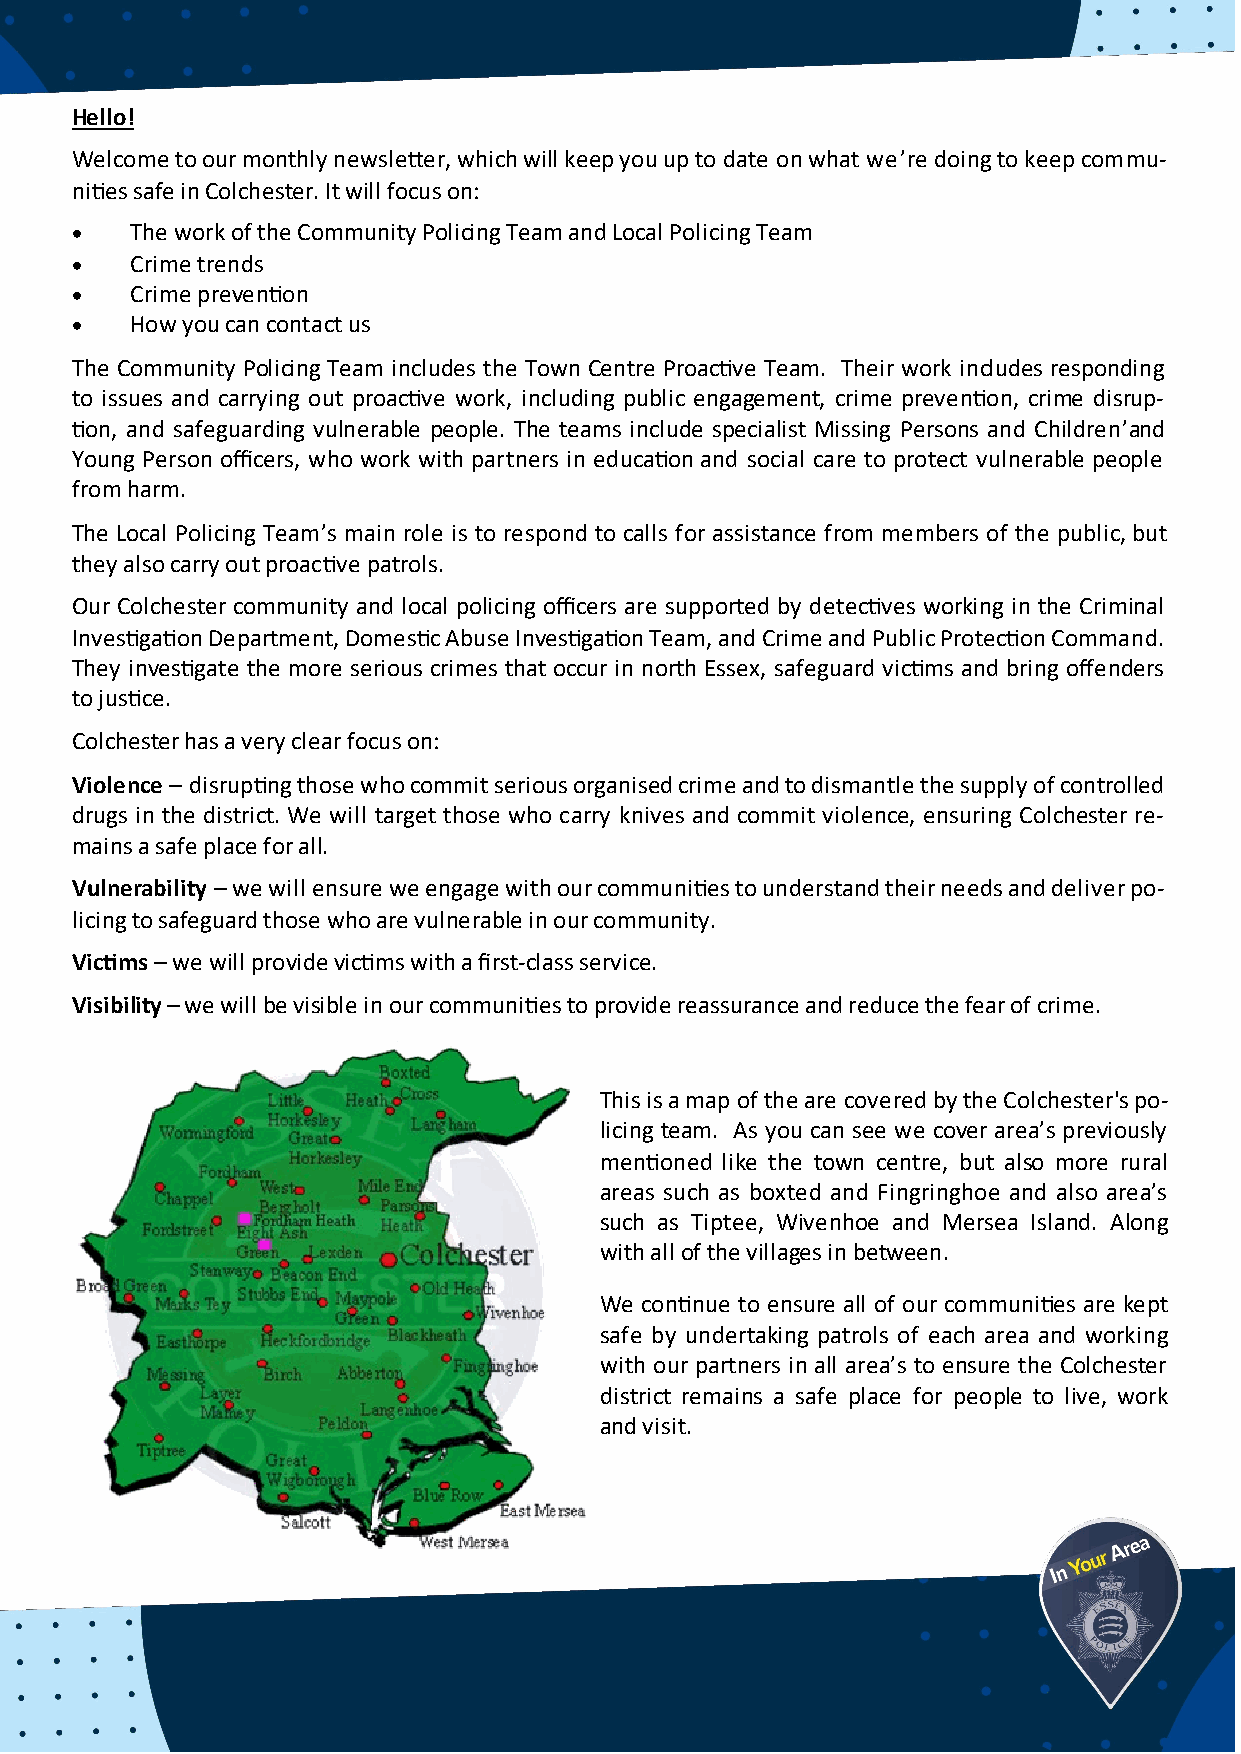
Hello!
 Welcome to our monthly newsletter, which will keep you up to date on what we’re doing to keep commu-
 nities safe in Colchester. It will focus on:
 •   The work of the Community Policing Team and Local Policing Team
 •   Crime trends
 •   Crime prevention
 •   How you can contact us
 The Community Policing Team includes the Town Centre Proactive Team. Their work includes responding
 to issues and carrying out proactive work, including public engagement, crime prevention, crime disrup-
 tion, and safeguarding vulnerable people. The teams include specialist Missing Persons and Children’and
 Young Person officers, who work with partners in education and social care to protect vulnerable people
 from harm.
 The Local Policing Team’s main role is to respond to calls for assistance from members of the public, but
 they also carry out proactive patrols.
 Our Colchester community and local policing officers are supported by detectives working in the Criminal
 Investigation Department, Domestic Abuse Investigation Team, and Crime and Public Protection Command.
 They investigate the more serious crimes that occur in north Essex, safeguard victims and bring offenders
 to justice.
 Colchester has a very clear focus on:
 Violence – disrupting those who commit serious organised crime and to dismantle the supply of controlled
 drugs in the district. We will target those who carry knives and commit violence, ensuring Colchester re-
 mains a safe place for all.
 Vulnerability – we will ensure we engage with our communities to understand their needs and deliver po-
 licing to safeguard those who are vulnerable in our community.
 Victims – we will provide victims with a first-class service.
 Visibility – we will be visible in our communities to provide reassurance and reduce the fear of crime.
 This is a map of the are covered by the Colchester's po-
 licing team. As you can see we cover area’s previously
 mentioned like the town centre, but also more rural
 areas such as boxted and Fingringhoe and also area’s
 such as Tiptee, Wivenhoe and Mersea Island. Along
 with all of the villages in between.
 We continue to ensure all of our communities are kept
 safe by undertaking patrols of each area and working
 with our partners in all area’s to ensure the Colchester
 district remains a safe place for people to live, work
 and visit.